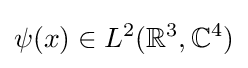
\psi (x)\in L^{2}(\mathbb {R} ^{3},\mathbb {C} ^{4})